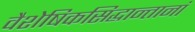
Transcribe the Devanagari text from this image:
वैशेषिकसिद्धान्तानां